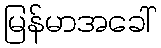
မြန်မာအခေါ်